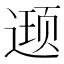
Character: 𮷥